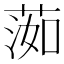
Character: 𦵙